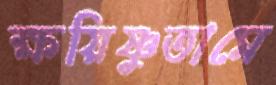
ক্ষয়িষ্ণুতামে